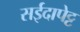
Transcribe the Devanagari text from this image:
सईदापेट्ट